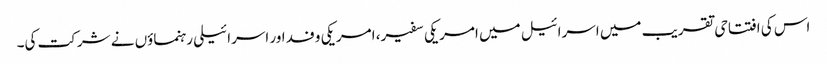
اس کی افتتاحی تقریب میں اسرائیل میں امریکی سفیر، امریکی وفد اور اسرائیلی رہنماؤں نے شرکت کی۔